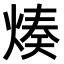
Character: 𤋷